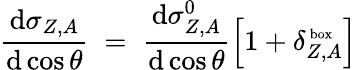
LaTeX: \frac{\mathrm{d}\sigma_{Z,A}}{\mathrm{d}\cos\theta}\; =\; \frac{\mathrm{d}\sigma_{Z,A}^{0}}{\mathrm{d}\cos\theta}\Big[1+\delta_{Z,A}^{\mathrm{\scriptsize~box}}\Big]